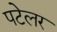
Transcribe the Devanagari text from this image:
पटेलर